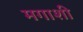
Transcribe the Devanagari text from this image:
मगाशी